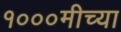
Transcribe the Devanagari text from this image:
१०००मीच्या